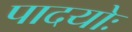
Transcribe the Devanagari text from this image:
पादयोः